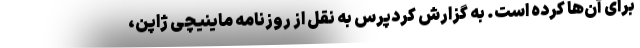
برای آن‌ها کرده است. به گزارش کردپرس به نقل از روزنامه ماینیچی ژاپن،